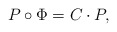
\begin{align*} P\circ\Phi = C\cdot P,\end{align*}